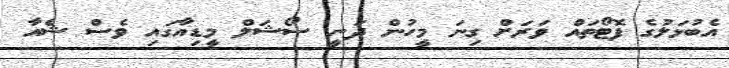
އެބުޅަލުގެ ފޮޓޯތައް ވަރަށް ގިނަ މީހުން ދަނީ ސޯޝަލް މީޑިއާގައި ވެސް ޝެއާ